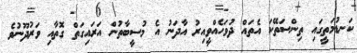
ކަނޑުމަތީގައި ތިންސަތޭކަ އެތައް ދުވަހެއްވީއިރު އާދަނު އެ މުސީބާތުން އަރައިގަތް ގޮތާއި ވަރުދޫނުވެ